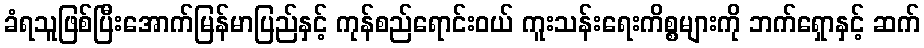
ခံရသူဖြစ်ပြီးအောက်မြန်မာပြည်နှင့် ကုန်စည်ရောင်းဝယ် ကူးသန်းရေးကိစ္စများကို ဘက်ရှောနှင့် ဆက်